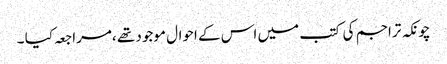
چونکہ تراجم کی کتب میں اس کے احوال موجود تھے ،مراجعہ کیا ۔